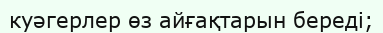
куәгерлер өз айғақтарын береді;